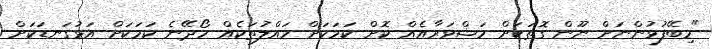
"މިބޭފުޅުންނަށް ނޫން ގޮތަކަށް މަޝްވަރާއެއް ކޮށް ކަމަކަށް ހައްލުތަކެއް ހޯދޭނެ ކަމަކަށް އަޅުގަނޑަކަށް